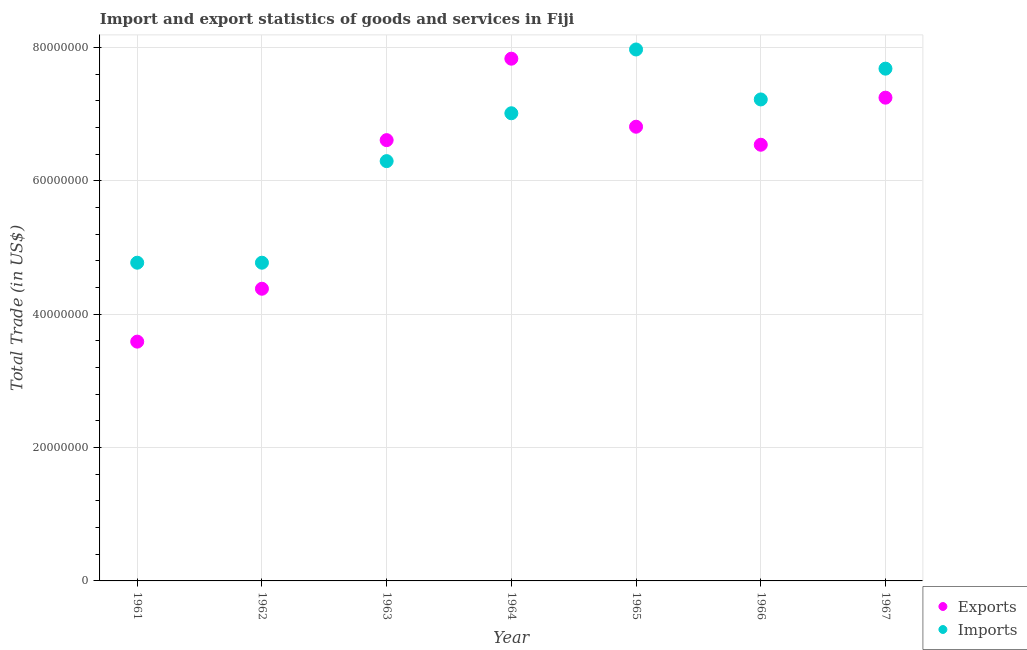
| Year | Exports | Imports |
 | --- | --- | --- |
 | 1961 | 3.59e+07 | 4.77e+07 |
 | 1962 | 4.38e+07 | 4.77e+07 |
 | 1963 | 6.61e+07 | 6.3e+07 |
 | 1964 | 7.83e+07 | 7.01e+07 |
 | 1965 | 6.81e+07 | 7.97e+07 |
 | 1966 | 6.54e+07 | 7.22e+07 |
 | 1967 | 7.25e+07 | 7.68e+07 |